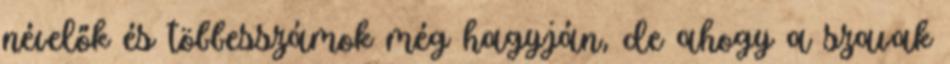
névelők és többesszámok még hagyján, de ahogy a szavak